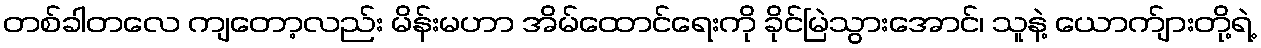
တစ်ခါတလေ ကျတော့လည်း မိန်းမဟာ အိမ်ထောင်ရေးကို ခိုင်မြဲသွားအောင်၊ သူနဲ့ ယောက်ျားတို့ရဲ့